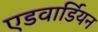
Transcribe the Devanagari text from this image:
एडवार्डियन